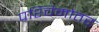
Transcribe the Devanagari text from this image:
पश्चिमोतर